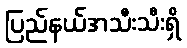
ပြည်နယ်အသီးသီးရှိ